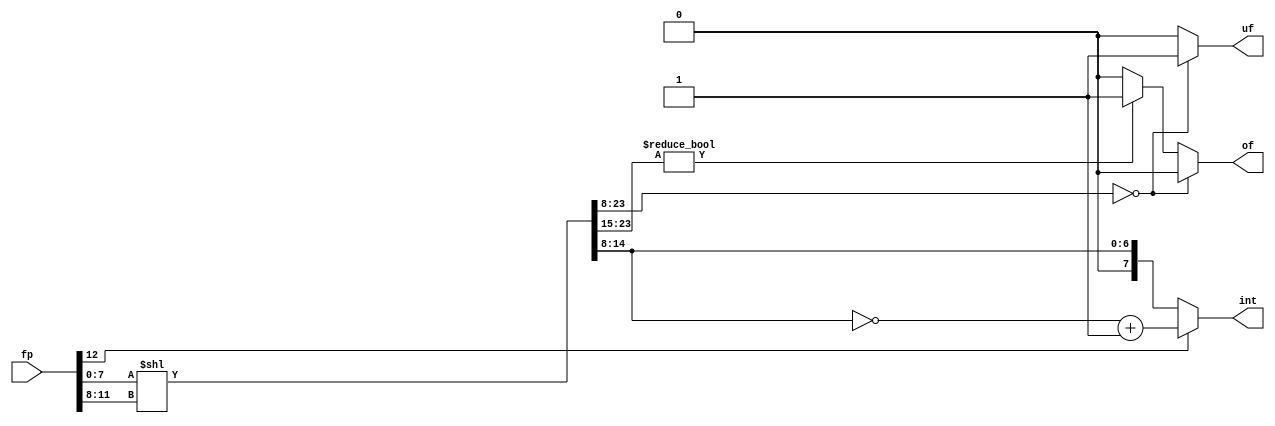
module fp_to_int
    (
    input  wire[12:0] fp,
    output reg[7:0]   int,
    output reg        uf, of
    );

    // internal signal declaration
    wire      fp_sign;
    wire[3:0] fp_exp;
    wire[7:0] fp_frac;
    assign {fp_sign, fp_exp, fp_frac} = fp;

    reg[6:0]  int_unsigned;
    // buffer == {overflow_part (23:15), 
    //            int_abs_val   (14:8),
    //            fp_fraction   (7:0)}
    // after shifting the buffer by fp_exp, we can extract
    // the absolute value of the integer of the buffer
    reg[23:0] buffer;

    always @*
    begin
        buffer[7:0]  = fp_frac[7:0];
        buffer[23:8] = 0;

        // barrel shift because i'm lazy
        buffer = buffer << fp_exp;

        int_unsigned = buffer[14:8];

        // negative
        if (fp_sign) int = {1'b1, ~(int_unsigned) + 1};
        // positive
        else int = {1'b0, int_unsigned};
        
        uf = 1'b0;
        of = 1'b0;
        // detect underflow
        if (buffer[23:8] == 0) uf = 1'b1;
        // detect overflow
        else if (buffer[23:15] != 0) of = 1'b1;
    end

endmodule